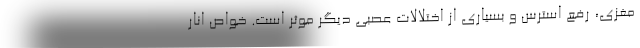
مغزی، رفع استرس و بسیاری از اختلالات عصبی دیگر موثر است. خواص انار